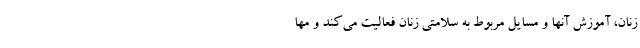
زنان، آموزش آنها و مسایل مربوط به سلامتی زنان فعالیت می‌کند و مها